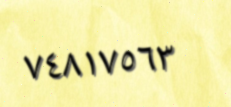
٧٤٨١٧٥٦٣